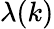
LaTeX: \lambda(k)